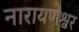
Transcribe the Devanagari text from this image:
नारायणेश्वर